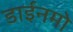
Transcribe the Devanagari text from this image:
डाईनमो